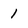
Character: 1